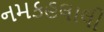
નમકહલાલી